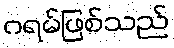
ဂရမ်ဖြစ်သည်